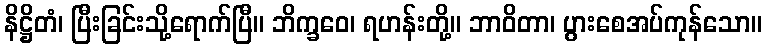
နိဋ္ဌိတံ၊ ပြီးခြင်းသို့ရောက်ပြီ။ ဘိက္ခဝေ၊ ရဟန်းတို့။ ဘာဝိတာ၊ ပွားစေအပ်ကုန်သော။